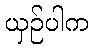
ယှဉ်ပါက